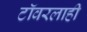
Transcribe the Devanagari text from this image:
टॉवरलाही